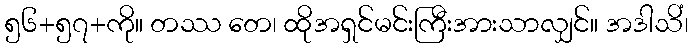
၅၆+၅၇+ကို။ တဿ တေ၊ ထိုအရှင်မင်းကြီးအားသာလျှင်။ အဒါသိံ၊